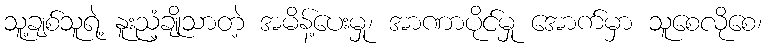
သူ့ချစ်သူရဲ့ နူးညံ့ချိုသာတဲ့ အမိန့်ပေးမှု၊ အာဏာပိုင်မှု အောက်မှာ သူစေလိုစေ၊